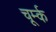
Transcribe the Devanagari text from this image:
चूर्म्क